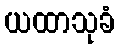
ယထာသုခံ